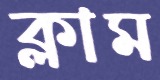
ক্লাম